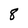
Character: 8